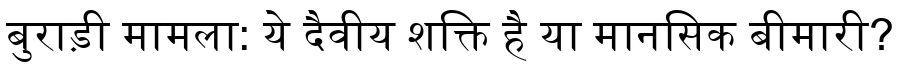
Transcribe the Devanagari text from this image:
बुराड़ी मामला: ये दैवीय शक्ति है या मानसिक बीमारी?